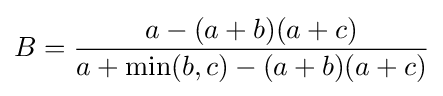
B={\frac {a-(a+b)(a+c)}{a+\min(b,c)-(a+b)(a+c)}}